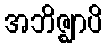
အဘိဇ္ဈာပိ